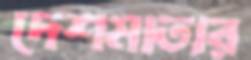
দেশমাতার